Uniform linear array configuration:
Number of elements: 16
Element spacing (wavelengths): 1
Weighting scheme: hamming
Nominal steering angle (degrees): -60
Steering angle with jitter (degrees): -59.06
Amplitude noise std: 0.05
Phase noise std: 0.05

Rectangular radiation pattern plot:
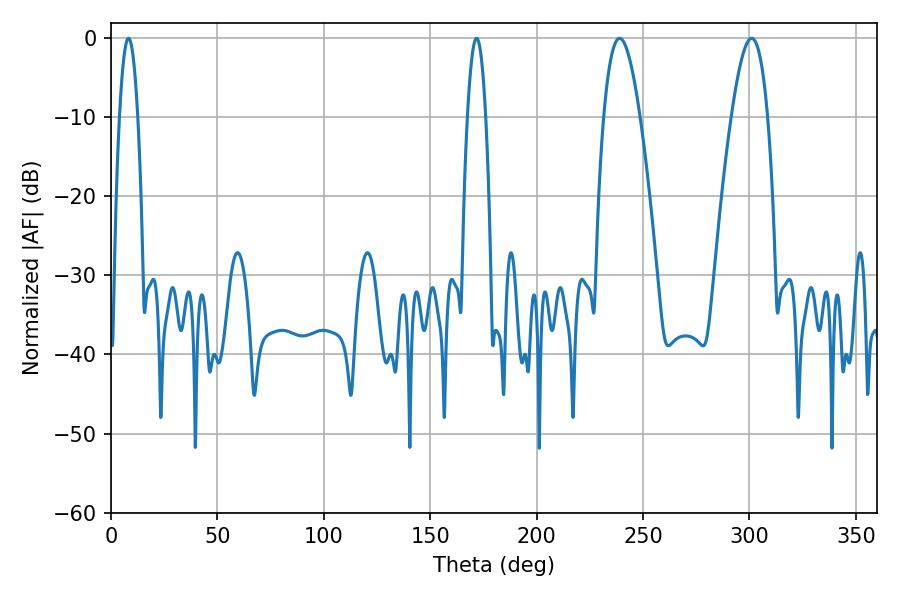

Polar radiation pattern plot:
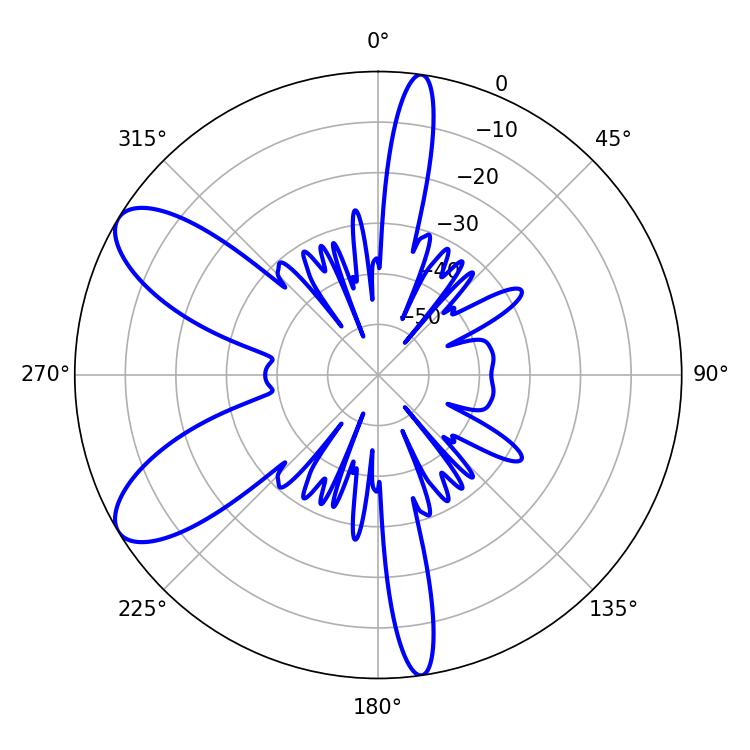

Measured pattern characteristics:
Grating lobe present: TRUE
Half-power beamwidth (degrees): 9.18
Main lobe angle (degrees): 239.04